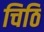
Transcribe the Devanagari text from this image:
चिठि